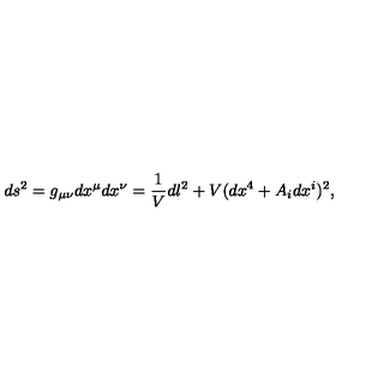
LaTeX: d s ^ { 2 } = g _ { \mu \nu } d x ^ { \mu } d x ^ { \nu } = \frac { 1 } { V } d l ^ { 2 } + V ( d x ^ { 4 } + A _ { i } d x ^ { i } ) ^ { 2 } ,